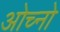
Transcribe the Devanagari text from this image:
ओच्नो